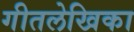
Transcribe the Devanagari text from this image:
गीतलेखिका